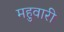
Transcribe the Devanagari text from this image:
महुवारी